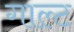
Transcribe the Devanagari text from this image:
गाल्ट